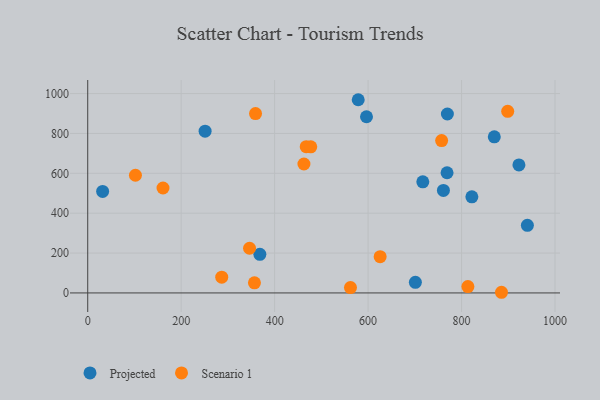
{"axis": {"x": "Distance", "y": "Salary"}, "legend": ["Projected", "Scenario 1"], "data": [{"x": "761.2", "y": 514.3, "type": "Projected"}, {"x": "940.9", "y": 339.1, "type": "Projected"}, {"x": "368.4", "y": 193.6, "type": "Projected"}, {"x": "870.1", "y": 783.1, "type": "Projected"}, {"x": "769.7", "y": 897.4, "type": "Projected"}, {"x": "596.6", "y": 883.8, "type": "Projected"}, {"x": "769.0", "y": 602.9, "type": "Projected"}, {"x": "922.8", "y": 642.0, "type": "Projected"}, {"x": "701.2", "y": 53.2, "type": "Projected"}, {"x": "31.9", "y": 509.3, "type": "Projected"}, {"x": "251.2", "y": 811.3, "type": "Projected"}, {"x": "578.9", "y": 969.1, "type": "Projected"}, {"x": "822.1", "y": 482.1, "type": "Projected"}, {"x": "717.1", "y": 557.5, "type": "Projected"}, {"x": "462.7", "y": 646.6, "type": "Scenario 1"}, {"x": "161.1", "y": 526.3, "type": "Scenario 1"}, {"x": "359.1", "y": 899.4, "type": "Scenario 1"}, {"x": "898.8", "y": 911.1, "type": "Scenario 1"}, {"x": "885.5", "y": 3.3, "type": "Scenario 1"}, {"x": "467.6", "y": 733.4, "type": "Scenario 1"}, {"x": "286.8", "y": 78.8, "type": "Scenario 1"}, {"x": "562.3", "y": 26.9, "type": "Scenario 1"}, {"x": "346.3", "y": 224.2, "type": "Scenario 1"}, {"x": "356.8", "y": 50.6, "type": "Scenario 1"}, {"x": "102.1", "y": 590.3, "type": "Scenario 1"}, {"x": "757.4", "y": 764.0, "type": "Scenario 1"}, {"x": "813.6", "y": 31.8, "type": "Scenario 1"}, {"x": "477.3", "y": 732.7, "type": "Scenario 1"}, {"x": "625.8", "y": 181.7, "type": "Scenario 1"}]}